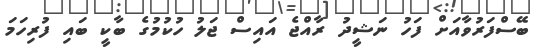
ބޭސްފަރުވާއަށް ފަހު ނަޝީދު ރާއްޖެ އައިސް ޖަލު ހުކުމުގެ ބާކީ ބައި ފުރިހަމަ